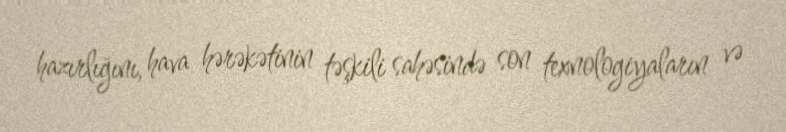
hazırlığını, hava hərəkətinin təşkili sahəsində son texnologiyaların və